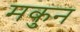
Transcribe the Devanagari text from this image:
मकुन